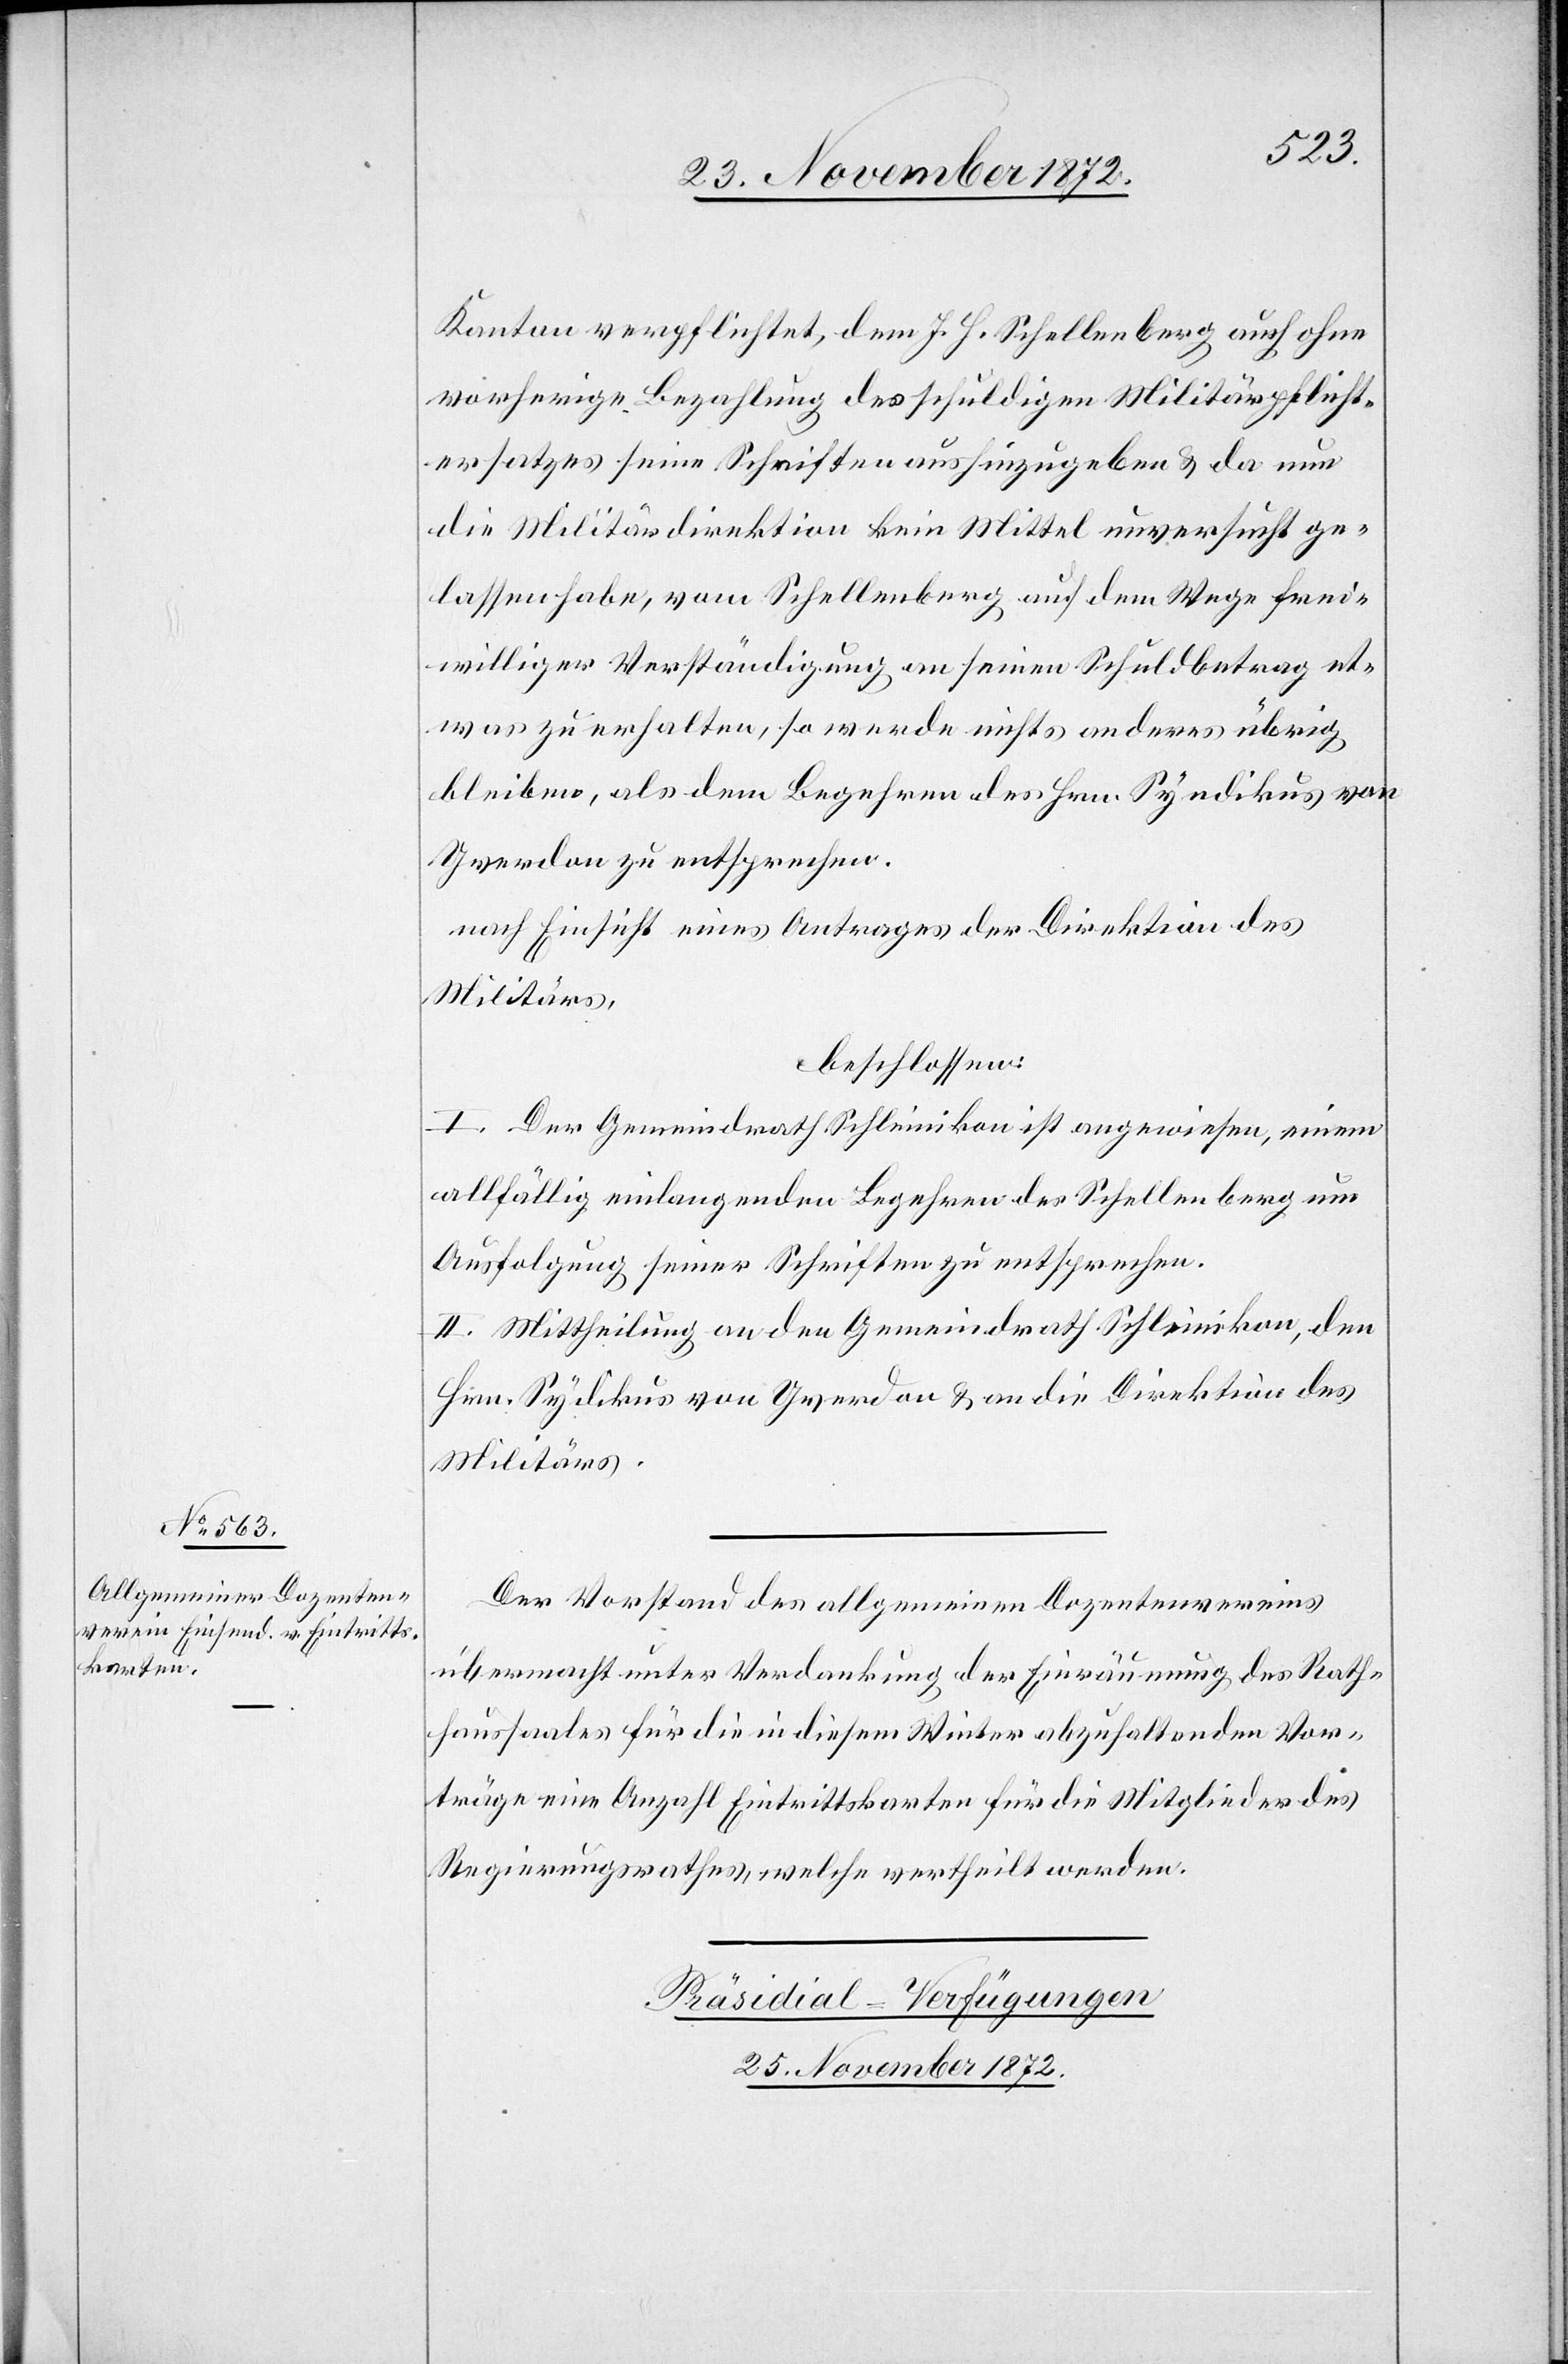
Kanton verpflichtet, dem J. H. Schellenberg auch ohne
vorherige Bezahlung des schuldigen Militärpflicht¬
ersatzes seine Schriften aushinzugeben u. da nun
die Militärdirektion kein Mittel unversucht ge¬
lassen habe, vom Schellenberg auf dem Wege frei¬
williger Verständigung an seinen Schuldbetrag et¬
was zu erhalten, so werde nichts anderes übrig
bleiben, als dem Begehren des Hrn. Syndikus von
Yverdon zu entsprechen.
nach Einsicht eines Antrages der Direktion des
Militärs,
beschlossen:
I. Der Gemeindrath Schleinikon ist angewiesen, einem
allfällig einlangenden Begehren des Schellenberg um
Ausfolgung seiner Schriften zu entsprechen.
II. Mittheilung an den Gemeindrath Schleinikon, den
Hrn. Syndikus von Yverdon u. an die Direktion des
Militärs.
Der Vorstand des allgemeinen Dozentenvereins
übermacht unter Verdankung der Einräumung des Rath¬
haussaales für die in diesem Winter abzuhaltenden Vor¬
träge eine Anzahl Eintrittskarten für die Mitglieder des
Regierungsrathes, welche vertheilt werden.